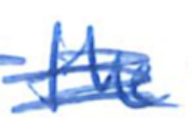
Text: the
Cross-out: scratch
Writing tool: ballpoint